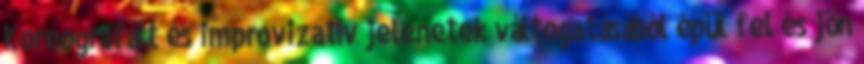
Koreografált és improvizatív jelenetek váltogatásából épül fel és jön